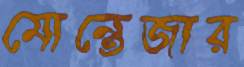
মোন্তেজার